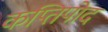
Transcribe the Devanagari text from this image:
कप्तिपोद